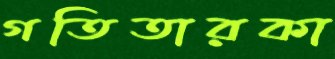
গতিতারকা